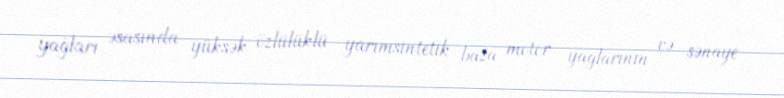
yağları əsasında yüksək özlülüklü yarımsintetik baza motor yağlarının və sənaye